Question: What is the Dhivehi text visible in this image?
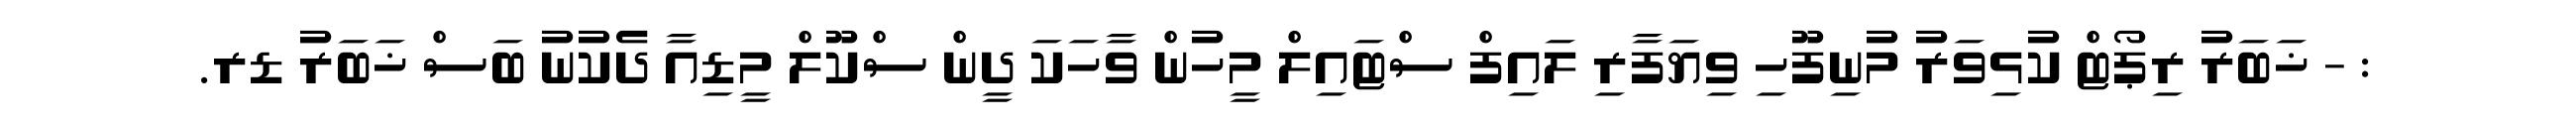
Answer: : - ޚަބަރު ރިޕޯޓް ކުޅިވަރު މުނިފޫހި ވިޔަފާރި ލައިފް ސްޓައިލް މީހުން ވާހަކަ ދީން ސްކޫލް މީޑިއާ ދެކުނު ބަސް ޚަބަރު ޑރ.